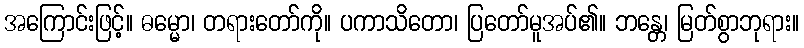
အကြောင်းဖြင့်။ ဓမ္မော၊ တရားတော်ကို။ ပကာသိတော၊ ပြတော်မူအပ်၏။ ဘန္တေ၊ မြတ်စွာဘုရား။